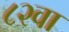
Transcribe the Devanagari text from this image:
८२वा